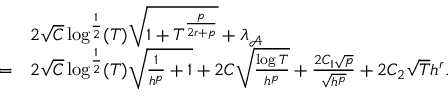
\begin{array} { r l } & { 2 \sqrt { C } \log ^ { \frac { 1 } { 2 } } ( T ) \sqrt { 1 + T ^ { \frac { p } { 2 r + p } } } + \lambda _ { \mathcal { A } } } \\ { = } & { 2 \sqrt { C } \log ^ { \frac { 1 } { 2 } } ( T ) \sqrt { \frac { 1 } { h ^ { p } } + 1 } + 2 C \sqrt { \frac { \log T } { h ^ { p } } } + \frac { 2 C _ { 1 } \sqrt { p } } { \sqrt { h ^ { p } } } + 2 C _ { 2 } \sqrt { T } h ^ { r } . } \end{array}